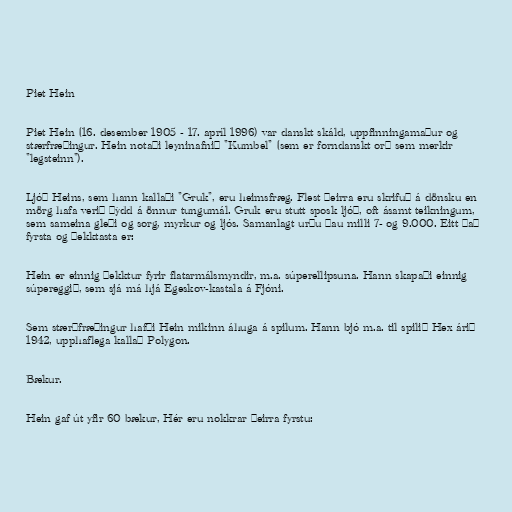
Piet Hein

Piet Hein (16. desember 1905 - 17. apríl 1996) var danskt skáld, uppfinningamaður og
stærfræðingur. Hein notaði leyninafnið "Kumbel" (sem er forndanskt orð sem merkir
"legsteinn").

Ljóð Heins, sem hann kallaði "Gruk", eru heimsfræg. Flest þeirra eru skrifuð á dönsku en
mörg hafa verið þýdd á önnur tungumál. Gruk eru stutt sposk ljóð, oft ásamt teikningum,
sem sameina gleði og sorg, myrkur og ljós. Samanlagt urðu þau milli 7- og 9.000. Eitt það
fyrsta og þekktasta er:

Hein er einnig þekktur fyrir flatarmálsmyndir, m.a. súperellipsuna. Hann skapaði einnig
súpereggið, sem sjá má hjá Egeskov-kastala á Fjóni.

Sem stærðfræðingur hafði Hein mikinn áhuga á spilum. Hann bjó m.a. til spilið Hex árið
1942, upphaflega kallað Polygon.

Bækur.

Hein gaf út yfir 60 bækur, Hér eru nokkrar þeirra fyrstu: